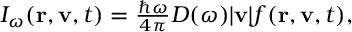
\begin{array} { r } { I _ { \omega } ( \mathbf r , \mathbf v , t ) = \frac { \hbar \omega } { 4 \pi } D ( \omega ) | \mathbf v | f ( \mathbf r , \mathbf v , t ) , } \end{array}